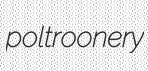
poltroonery